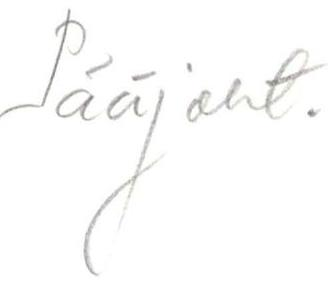
Pääjoht.